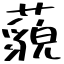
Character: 藐